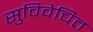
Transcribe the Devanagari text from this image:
सुविवेचित